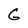
Character: G